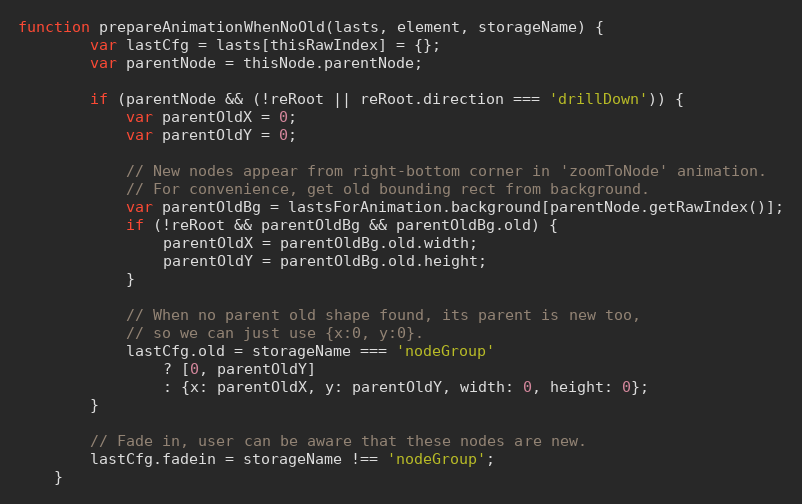
Language: JavaScript
function prepareAnimationWhenNoOld(lasts, element, storageName) {
        var lastCfg = lasts[thisRawIndex] = {};
        var parentNode = thisNode.parentNode;

        if (parentNode && (!reRoot || reRoot.direction === 'drillDown')) {
            var parentOldX = 0;
            var parentOldY = 0;

            // New nodes appear from right-bottom corner in 'zoomToNode' animation.
            // For convenience, get old bounding rect from background.
            var parentOldBg = lastsForAnimation.background[parentNode.getRawIndex()];
            if (!reRoot && parentOldBg && parentOldBg.old) {
                parentOldX = parentOldBg.old.width;
                parentOldY = parentOldBg.old.height;
            }

            // When no parent old shape found, its parent is new too,
            // so we can just use {x:0, y:0}.
            lastCfg.old = storageName === 'nodeGroup'
                ? [0, parentOldY]
                : {x: parentOldX, y: parentOldY, width: 0, height: 0};
        }

        // Fade in, user can be aware that these nodes are new.
        lastCfg.fadein = storageName !== 'nodeGroup';
    }